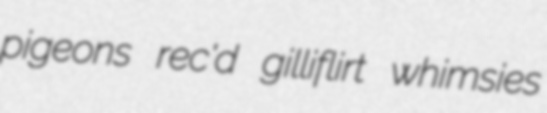
pigeons rec'd gilliflirt whimsies